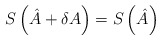
\begin{align*}S\left(\hat{A}+\delta A\right)=S\left(\hat{A}\right)\end{align*}